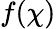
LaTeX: f(\chi)